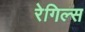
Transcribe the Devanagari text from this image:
रेगिल्स